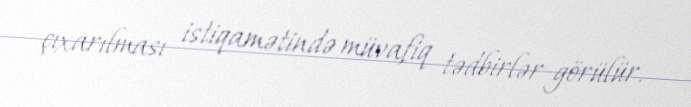
çıxarılması istiqa­mətində müvafiq tədbirlər görülür.